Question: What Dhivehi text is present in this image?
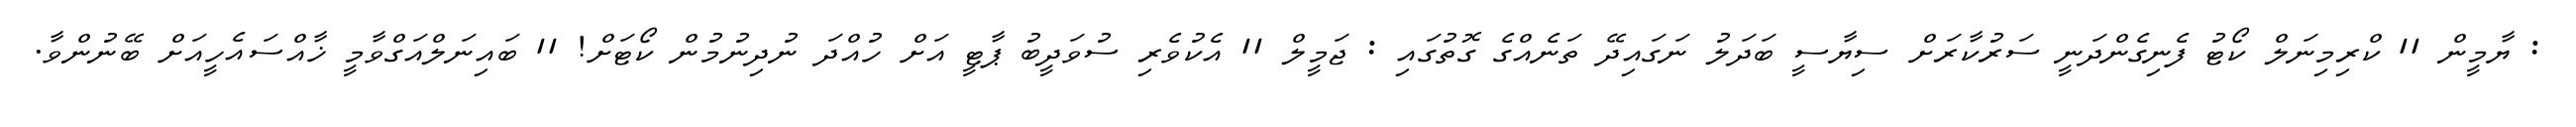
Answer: : ޔާމީން 11 ކްރިމިނަލް ކޯޓު ފެނިގެންދަނީ ސަރުކާރަށް ސިޔާސީ ބަދަލު ނަގައިދޭ ތަނެއްގެ ގޮތުގައި : ޖަމީލް 11 އެކުވެރި ސުވަދީބު ޕާޓީ އަށް ހުއްދަ ނުދިނުމުން ކޯޓަށް! 11 ބައިނަލްއަގްވާމީ ޚާއްސައެހީއަށް ބޭނުންވާ.